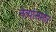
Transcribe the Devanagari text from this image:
नेत्यांसमोर